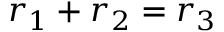
r _ { 1 } + r _ { 2 } = r _ { 3 }